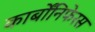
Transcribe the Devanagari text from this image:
कार्बोंनिफेरस